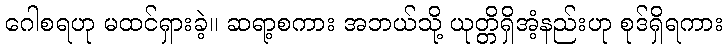
ဂေါစရဟု မထင်ရှားခဲ့။ ဆရာ့စကား အဘယ်သို့ ယုတ္တိရှိအံ့နည်းဟု စုဒ်ရှိရကား